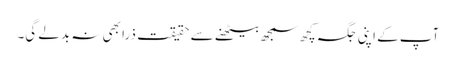
آپ کے اپنی جگہ کچھ سمجھ بیٹھنے سے حقیقت ذرا بھی نہ بدلے گی۔